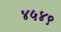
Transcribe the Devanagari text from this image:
४५४९